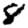
Digit: 8